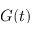
G ( t )